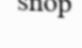
snop